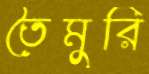
তৈমুরি